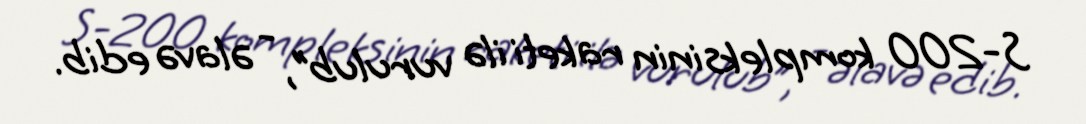
S-200 kompleksinin raketi ilə vurulub”, - əlavə edib.